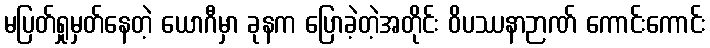
မပြတ်ရှုမှတ်နေတဲ့ ယောဂီမှာ ခုနက ပြောခဲ့တဲ့အတိုင်း ဝိပဿနာဉာဏ် ကောင်းကောင်း